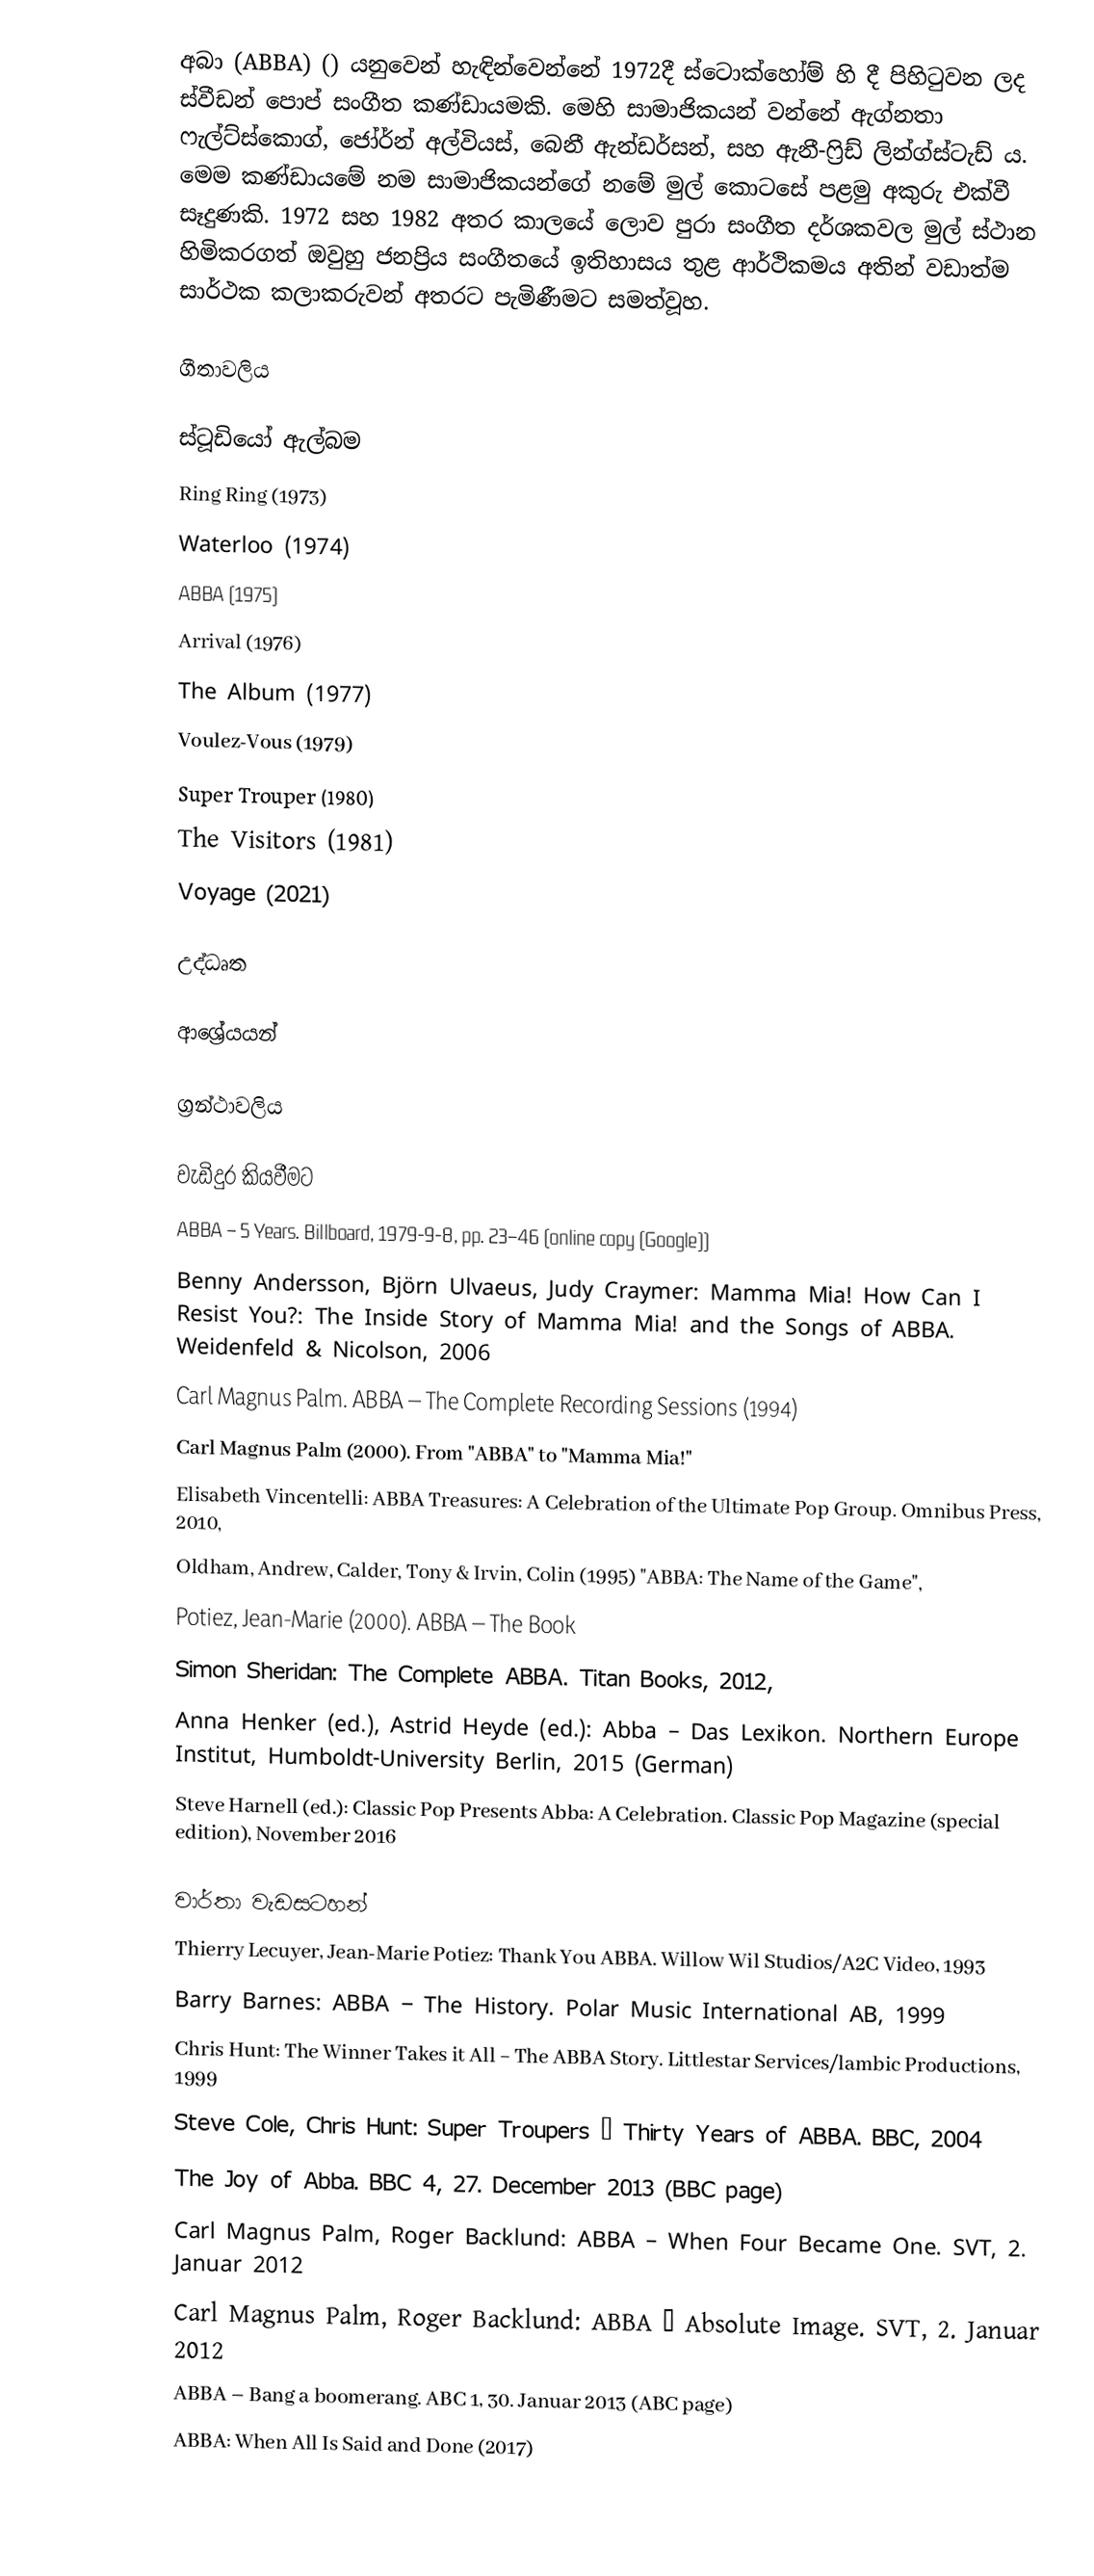
අබා (ABBA) ()  යනුවෙන් හැඳින්වෙන්නේ 1972දී ස්ටොක්හෝම් හි දී පිහිටුවන ලද ස්වීඩන් පොප් සංගීත කණ්ඩායමකි. මෙහි සාමාජිකයන් වන්නේ ඇග්නතා ෆැල්ට්ස්කොග්, ජෝර්න් අල්වියස්, බෙනී ඇන්ඩර්සන්, සහ ඇනී-ෆ්‍රිඩ් ලින්ග්ස්ටැඩ් ය. මෙම කණ්ඩායමේ නම සාමාජිකයන්ගේ නමේ මුල් කොටසේ පළමු අකුරු එක්වී සෑදුණකි. 1972 සහ 1982 අතර කාලයේ ලොව පුරා සංගීත දර්ශකවල මුල් ස්ථාන හිමිකරගත් ඔවුහු ජනප්‍රිය සංගීතයේ ඉතිහාසය තුළ ආර්ථිකමය අතින් වඩාත්ම සාර්ථක කලාකරුවන් අතරට පැමිණීමට සමත්වූහ.

ගීතාවලිය

ස්ටූඩියෝ ඇල්බම
 Ring Ring (1973)
 Waterloo (1974)
 ABBA (1975)
 Arrival (1976)
 The Album (1977)
 Voulez-Vous (1979)
 Super Trouper (1980)
 The Visitors (1981)
 Voyage (2021)

උද්ධෘත

ආශ්‍රේයයන්

ග්‍රන්ථාවලිය

වැඩිදුර කියවීමට
ABBA – 5 Years. Billboard, 1979-9-8, pp. 23–46 (online copy (Google))
 Benny Andersson, Björn Ulvaeus, Judy Craymer: Mamma Mia! How Can I Resist You?: The Inside Story of Mamma Mia! and the Songs of ABBA. Weidenfeld & Nicolson, 2006
Carl Magnus Palm. ABBA – The Complete Recording Sessions (1994)
 Carl Magnus Palm (2000). From "ABBA" to "Mamma Mia!"
 Elisabeth Vincentelli: ABBA Treasures: A Celebration of the Ultimate Pop Group. Omnibus Press, 2010,
 Oldham, Andrew, Calder, Tony & Irvin, Colin (1995) "ABBA: The Name of the Game",
 Potiez, Jean-Marie (2000). ABBA – The Book
 Simon Sheridan: The Complete ABBA. Titan Books, 2012,
Anna Henker (ed.), Astrid Heyde (ed.): Abba – Das Lexikon. Northern Europe Institut, Humboldt-University Berlin, 2015 (German)
 Steve Harnell (ed.): Classic Pop Presents Abba: A Celebration. Classic Pop Magazine (special edition), November 2016

වාර්තා වැඩසටහන්
 Thierry Lecuyer, Jean-Marie Potiez: Thank You ABBA. Willow Wil Studios/A2C Video, 1993
 Barry Barnes: ABBA − The History. Polar Music International AB, 1999
 Chris Hunt: The Winner Takes it All − The ABBA Story. Littlestar Services/lambic Productions, 1999
 Steve Cole, Chris Hunt: Super Troupers − Thirty Years of ABBA. BBC, 2004
 The Joy of Abba. BBC 4, 27. December 2013 (BBC page)
 Carl Magnus Palm, Roger Backlund: ABBA – When Four Became One. SVT, 2. Januar 2012
 Carl Magnus Palm, Roger Backlund: ABBA – Absolute Image. SVT, 2. Januar 2012
 ABBA – Bang a boomerang. ABC 1, 30. Januar 2013 (ABC page)
 ABBA: When All Is Said and Done (2017)